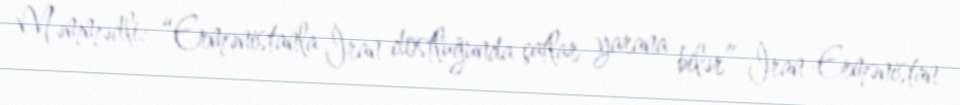
Məmmədli: “Ermənistanla İran dostluğunda çatlar yarana bilər” İran-Ermənistan